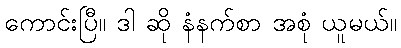
ကောင်းပြီ။ ဒါ ဆို နံနက်စာ အစုံ ယူမယ်။